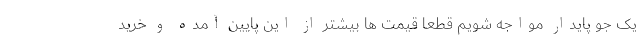
یک جو پایدار مواجه شویم قطعا قیمت ها بیشتر از این پایین آمده و خرید